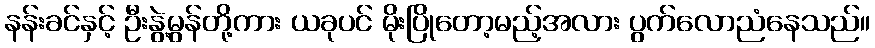
နန်းခင်နှင့် ဦးနွဲ့မွန်တို့ကား ယခုပင် မိုးပြိုတော့မည့်အလား ပွက်လောညံနေသည်။